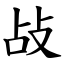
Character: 敁